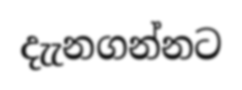
දැැනගන්නට